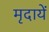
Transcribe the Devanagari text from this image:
मृदायें